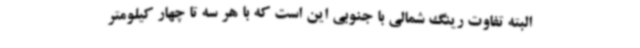
البته تفاوت رینگ شمالی با جنوبی این است که با هر سه تا چهار کیلومتر